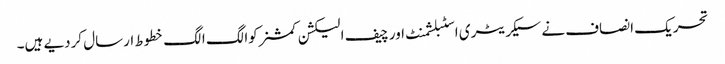
تحریک انصاف نے سیکریٹری اسٹبلشمنٹ اور چیف الیکشن کمشنرکوالگ الگ خطوط ارسال کردیے ہیں۔